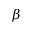
\beta